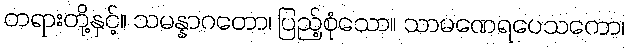
တရားတို့နှင့်။ သမန္နာဂတော၊ ပြည့်စုံသော။ သာမဏေရပေသကော၊